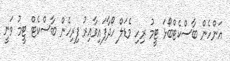
އަންހެން ބާސްކެޓްބޯޅަ ޓީމު ރިހި މެޑަލް ހޯދާފައިވާއިރު ފިރިހެން ބާސްކެޓް ޓީމު ވަނީ